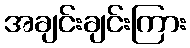
အချင်းချင်းကြား